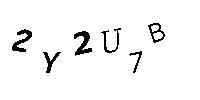
2Y2U7B